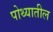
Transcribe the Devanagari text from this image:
पोथ्यातील